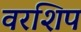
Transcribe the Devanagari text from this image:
वरशिप